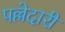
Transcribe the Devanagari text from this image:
पल्लेदारी